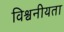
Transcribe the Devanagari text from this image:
विश्वनीयता